Vital statistics of India. Vol. IV, Annual returns from 1871 to 1876. British Army of India, Native Army and jails of Bengal
Year: 1871
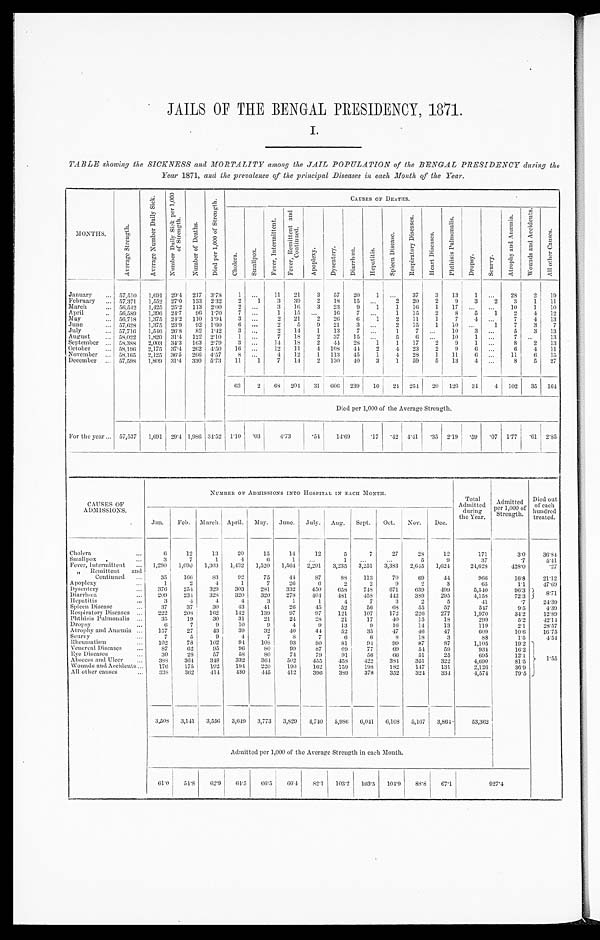
JAILS OF THE BENGAL PRESIDENCY, 1871.
I.
TABLE showing the SICKNESS and MORTALITY among the JAIL POPULATION of the BENGAL PRESIDENCY during the
Year 1871, and the prevalence of the principal Diseases in each Month of the Year.
MONTHS.
A v e r a g e S t r e n g t h .
A v e r a g e N u m b e r D a i l y S i c k .
N u m b e r D a i l y S i c k P e r 1 , 0 0 0 o f S t r e n g t h .
N u m b e r o f D e a t h s .
D i e d p e r 1 , 0 0 0 o f S t r e n g t h .
C A U S E S O F D E A T H S .
C h o l e r a .
S m a l l p o x .
F e v e r , I n t e r m i t t e n t .
F e v e r , R e m i t t e t a n d C o n t i n u i e d .
A p o p l e x y .
D y s e n t r y .
D i a r r h œ a .
H e p a t i t i s .
S p l e e n D i s e a s e .
R e s p i r a t o r y D i s e a s e .
H e a r t D i s e a s e s .
p h t h i s i s p u l m o n a l i s .
D r o p s y .
S c u r v y .
A v e r a g e a n d A n æ m i a .
w o u n d s a n d A c c i d e n t s .
A l l o t h e r C a u s e s .
___
January
... 57,510 1,691 29.4 217 3.78
1 ...
1 1 21
3
57
20
1 ...
37
3
13
1
. . .
28
2
19
February
. . . 57,371 1,552 27.0 133 2.32
2
1
3
39
2
18
15 ...
2
20
2
9
3
2
3
1
11
March
... 56,542 1,425 25.2 113 2.00
2
. . . 3
16
3
23
9
1
1
16
1
17 ...
...
10
1
10
April
. . . 50,589 1,396 24.7
96 1.70
7
. . . 1
15 ...
16 7
. . . 1
15
2
8
5
1
2
4
12
May
... 56,718 1,375 24.2 110 1.94
3
. . . 2
21
2
26
6
1
2
11
1
7
4 ...
7
4
13
June
... 57,628 1,375 23.9
92 1.60
6
. . .
2
5
9
21 3
. . . 2
15
1
10 ...
1
7
3
7
July
. . . 57,716 1,546 26.8
82 1.42
3
. . . 2
14
1
13 7
. . . 1
7
. . . 10
3 ...
5
3
13
August
... 58,022 1,820 31.4 122 2.10
1
. . . 7
18
2
37
15
. . . 5
6
. . . 10
1 ...
7 ..
13
September ... 58,388 2,003 34.3 163 2.79
3
. . . 14 18
2
44 28
1 1
17
2 9
1 ...
8
2
13
October
... 58,196 2,175 37.4 262 4.50
16 ...
12
11
4 108
44
2
4 23
2
9
6 ...
6
4
11
November ... 58,165 2,125 36.5 266 4.57
8 ...
4
12
1 113
45
1
4
28
1
11
6
. . .
11
6
15
December ... 57,598 1,809 31.4 330 5.73
11
1
7
14
2 130
40
3
1
59
5
13
4
...
8
5
27
63 2
6 8 204 31
6 0 6 239
10
24 254 20 126
34
4 102
35 1 6 4
Died per 1,000 of the Average Strength.
For the year... 57,537 1,691 29.4 1,936 34.52 1.10
. 0 3
4 . 7 3
.54
14. 69
.17 .42 4.41 .35 2.19 .59
. 07 1.77 .61 2. 85
CAUSES OF
ADMISSIONS.
NUMBER OF ADMISSIONS INTO HOSPITAL IN EACH MONTH.
Total ,
Admitted
during s
the Year.
Admitted
per 1,000 of
Strength.
Died out
of each
hundred
treated.
Jan.
Feb. March. April. May. June. July. Aug. Sept.
Oct. Nov.
Dec.
Cholera
...
6
12
13
20
15
14
12
5
7
27
28
12
171
3.0
36.84
Smallpox
...
3
7
1
4
6
1
. . .
1
. . . ...
5
9
37
.7
5.41
Fever, Intermittent ... 1,290 1,099 1,303 1,432 1,520 1,564 2,291 3,235 3,251 3,383 2,645 1,624
24,628
428.0
.27
„ Remittent and
Continued ...
35
166
83
92
75
44
87
88
113
70
69
44
966
16.8
21.12
Apoplexy
...
1
2
4
1
7
26
6
2
2
9
2
3
65
1.1
47.69
Dysentery
. . . 376
254
329
303
281
332
450
658
748
671
639
499
5,510
96.3 8. 71
Diarrhœa
...
209
234
328
320
320
278
404
481
458 442
389
295
4,158
72.3
Hepatitis
...
3
4
4
4
3
1
1
4
7
3
2
5
41
.7
24.39
Spleen Disease
. . .
37
37
30
43
41
26
45
52
56
68
55
57
547
9.5
4.39
Respiratory Diseases ...
222
208
162
142
139
97
97
121
107
172
226
277
1,970
34.2
12.89
Phthisis Pulmonalis ...
35
19
30
31
21
24
28
21
17
4 0
15
1 8
299
5.2
42.14
Dropsy
...
6
7
9
10
9
4
9
13
9
16
14
13
119
2.1
28.57
Atrophy and Anæmia ...
157
27
43
39
32
40
44
52
35
47
46
47
609
10.6
16.75
Scurvy
. . .
7
5
9
4
7
8
7
6
6
8
18
3
88
1.5
4.54
Rhemnatism
. . . 102
78
102
94
108
93
8 0
81
94
99
87
87
1,105
19.2
1.55
Venereal Diseases
...
87
62
95
96
8 0
99
87
69
77
69
54
59
934
16.2
Eye Diseases
. . .
30
28
57
58
80
74
79
91
56
66
51
25
695
12.1
Abscess and Ulcer
...
388
364
348
332
364
502
455
458
422
384
351
322
4,690
81.5
Wounds and Accidents...
176
175
192
194
220
190
169
159
198
182
147
131
2,126
36.9
All other causes
...
338
362
414
430
445 412
396
389
378
352
324
334
4,574
79.5
3,508 3,141 3,556 3,649 3,773 3,829 4,740 5,986 6,041 6,108 5,167 3,864
53,362
Admitted per 1,000 of the Average Strength in each Mouth.
61.0
54.8
62.9
64.5
66.5 I 66.4
82.1 103.2 103.5 104.9
88.8
67.1
927.4